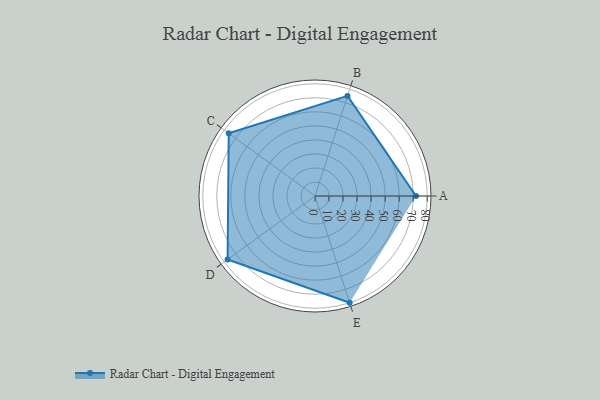
{"axis": {"x": "Skill", "y": "Score"}, "legend": ["Profile"], "data": [{"x": "A", "y": 72.0, "type": "Profile"}, {"x": "B", "y": 75.0, "type": "Profile"}, {"x": "C", "y": 76.0, "type": "Profile"}, {"x": "D", "y": 77.0, "type": "Profile"}, {"x": "E", "y": 80.0, "type": "Profile"}]}